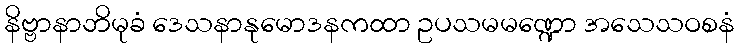
နိဗ္ဗာနာဘိမုခံ ဒေသနာနုမောဒနကထာ ဥပသမမဏ္ဍော အသေသဝစနံ